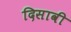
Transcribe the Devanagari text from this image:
दिसावी